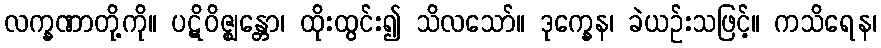
လက္ခဏာတို့ကို။ ပဋိဝိဇ္ဈန္တော၊ ထိုးထွင်း၍ သိလသော်။ ဒုက္ခေန၊ ခဲယဉ်းသဖြင့်။ ကသိရေန၊